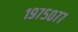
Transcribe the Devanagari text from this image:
१९७५०७७